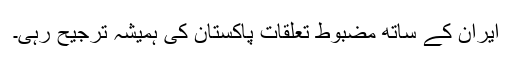
ایران کے ساتھ مضبوط تعلقات پاکستان کی ہمیشہ ترجیح رہی۔